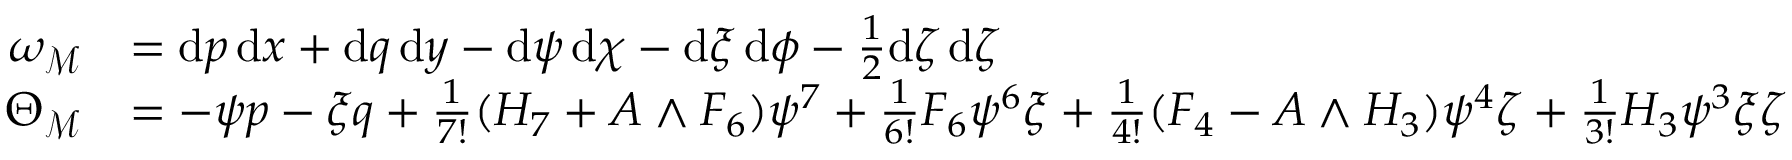
\begin{array} { r l } { \omega _ { \mathcal { M } } } & { = \mathrm { d } p \, \mathrm { d } x + \mathrm { d } q \, \mathrm { d } y - \mathrm { d } \psi \, \mathrm { d } \chi - \mathrm { d } \xi \, \mathrm { d } \phi - \frac { 1 } { 2 } \mathrm { d } \zeta \, \mathrm { d } \zeta } \\ { \Theta _ { \mathcal { M } } } & { = - \psi p - \xi q + \frac { 1 } { 7 ! } ( H _ { 7 } + A \wedge F _ { 6 } ) \psi ^ { 7 } + \frac { 1 } { 6 ! } F _ { 6 } \psi ^ { 6 } \xi + \frac { 1 } { 4 ! } ( F _ { 4 } - A \wedge H _ { 3 } ) \psi ^ { 4 } \zeta + \frac { 1 } { 3 ! } H _ { 3 } \psi ^ { 3 } \xi \zeta } \end{array}